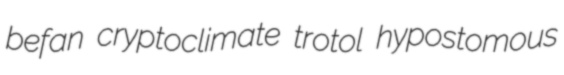
befan cryptoclimate trotol hypostomous